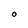
Character: O